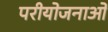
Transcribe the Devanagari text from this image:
परीयोजनाओ